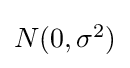
{\textstyle N(0,\sigma ^{2})}